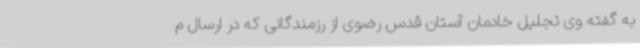
به گفته وی تجلیل خادمان آستان قدس رضوی از رزمندگانی که در ارسال م